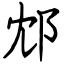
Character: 邥